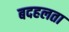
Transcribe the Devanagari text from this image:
बदहलता